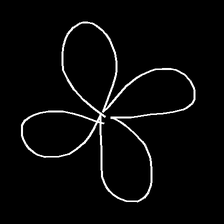
Glyph: billowing